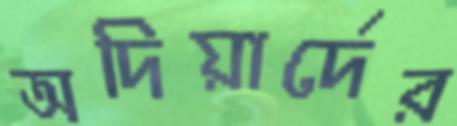
অদিয়ার্দের